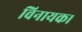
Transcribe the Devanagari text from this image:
विनायक।